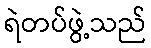
ရဲတပ်ဖွဲ့သည်